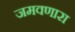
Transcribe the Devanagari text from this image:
जमवणारा